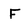
Character: F